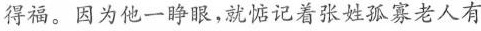
得福。因为他一睁眼，就惦记着张姓孤寡老人有